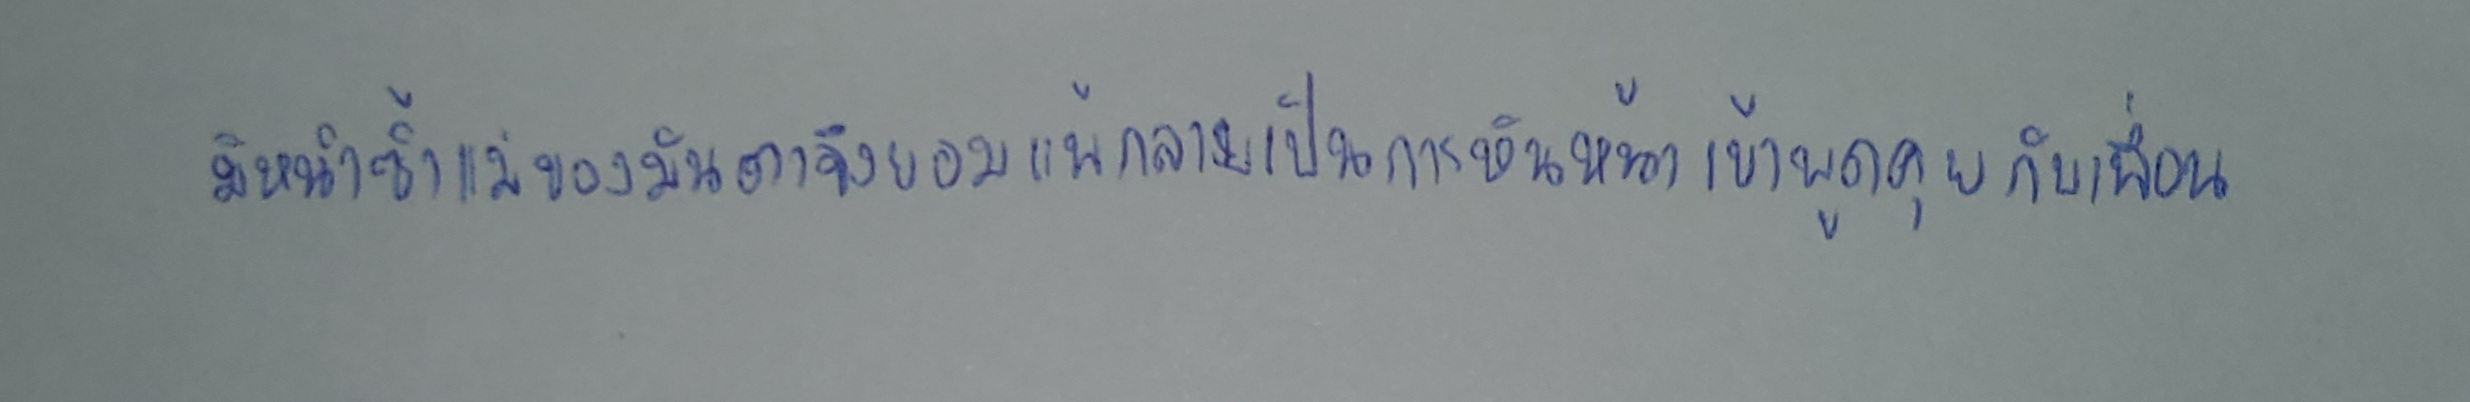
มิหนำซ้ำแม่ของมันตาจึงยอมแพ้กลายเป็นการหันหน้าเข้าพูดคุยกับเพื่อน